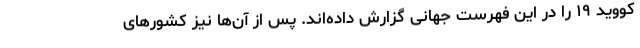
کووید ۱۹ را در این فهرست جهانی گزارش داده‌اند. پس از آن‌ها نیز کشورهای